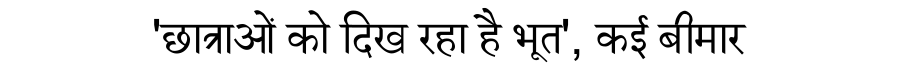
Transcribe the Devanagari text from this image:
'छात्राओं को दिख रहा है भूत', कई बीमार